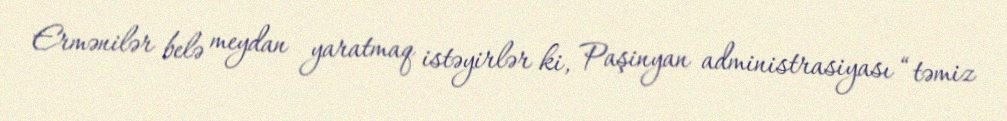
Ermənilər belə meydan yaratmaq istəyirlər ki, Paşinyan administrasiyası “təmiz